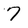
Character: 7